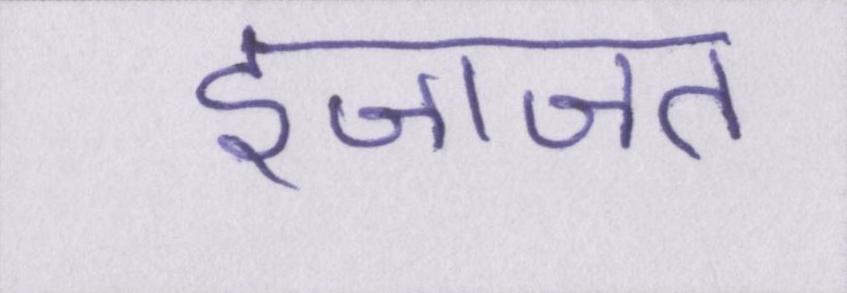
इजाजत